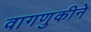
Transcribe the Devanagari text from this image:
वागणुकीने